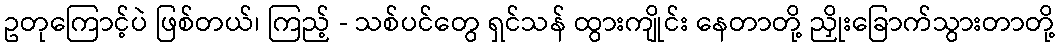
ဥတုကြောင့်ပဲ ဖြစ်တယ်၊ ကြည့် - သစ်ပင်တွေ ရှင်သန် ထွားကျိုင်း နေတာတို့ ညှိုးခြောက်သွားတာတို့